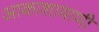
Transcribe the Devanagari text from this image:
आकाशावाणी